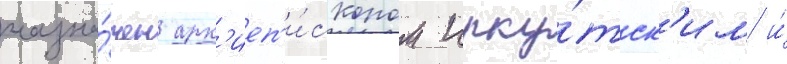
назна́чен арх'иеп'и́скопом ирку́тск'им и́